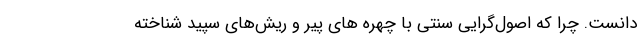
دانست. چرا که اصول‌گرایی سنتی با چهره های پیر و ریش‌های سپید شناخته